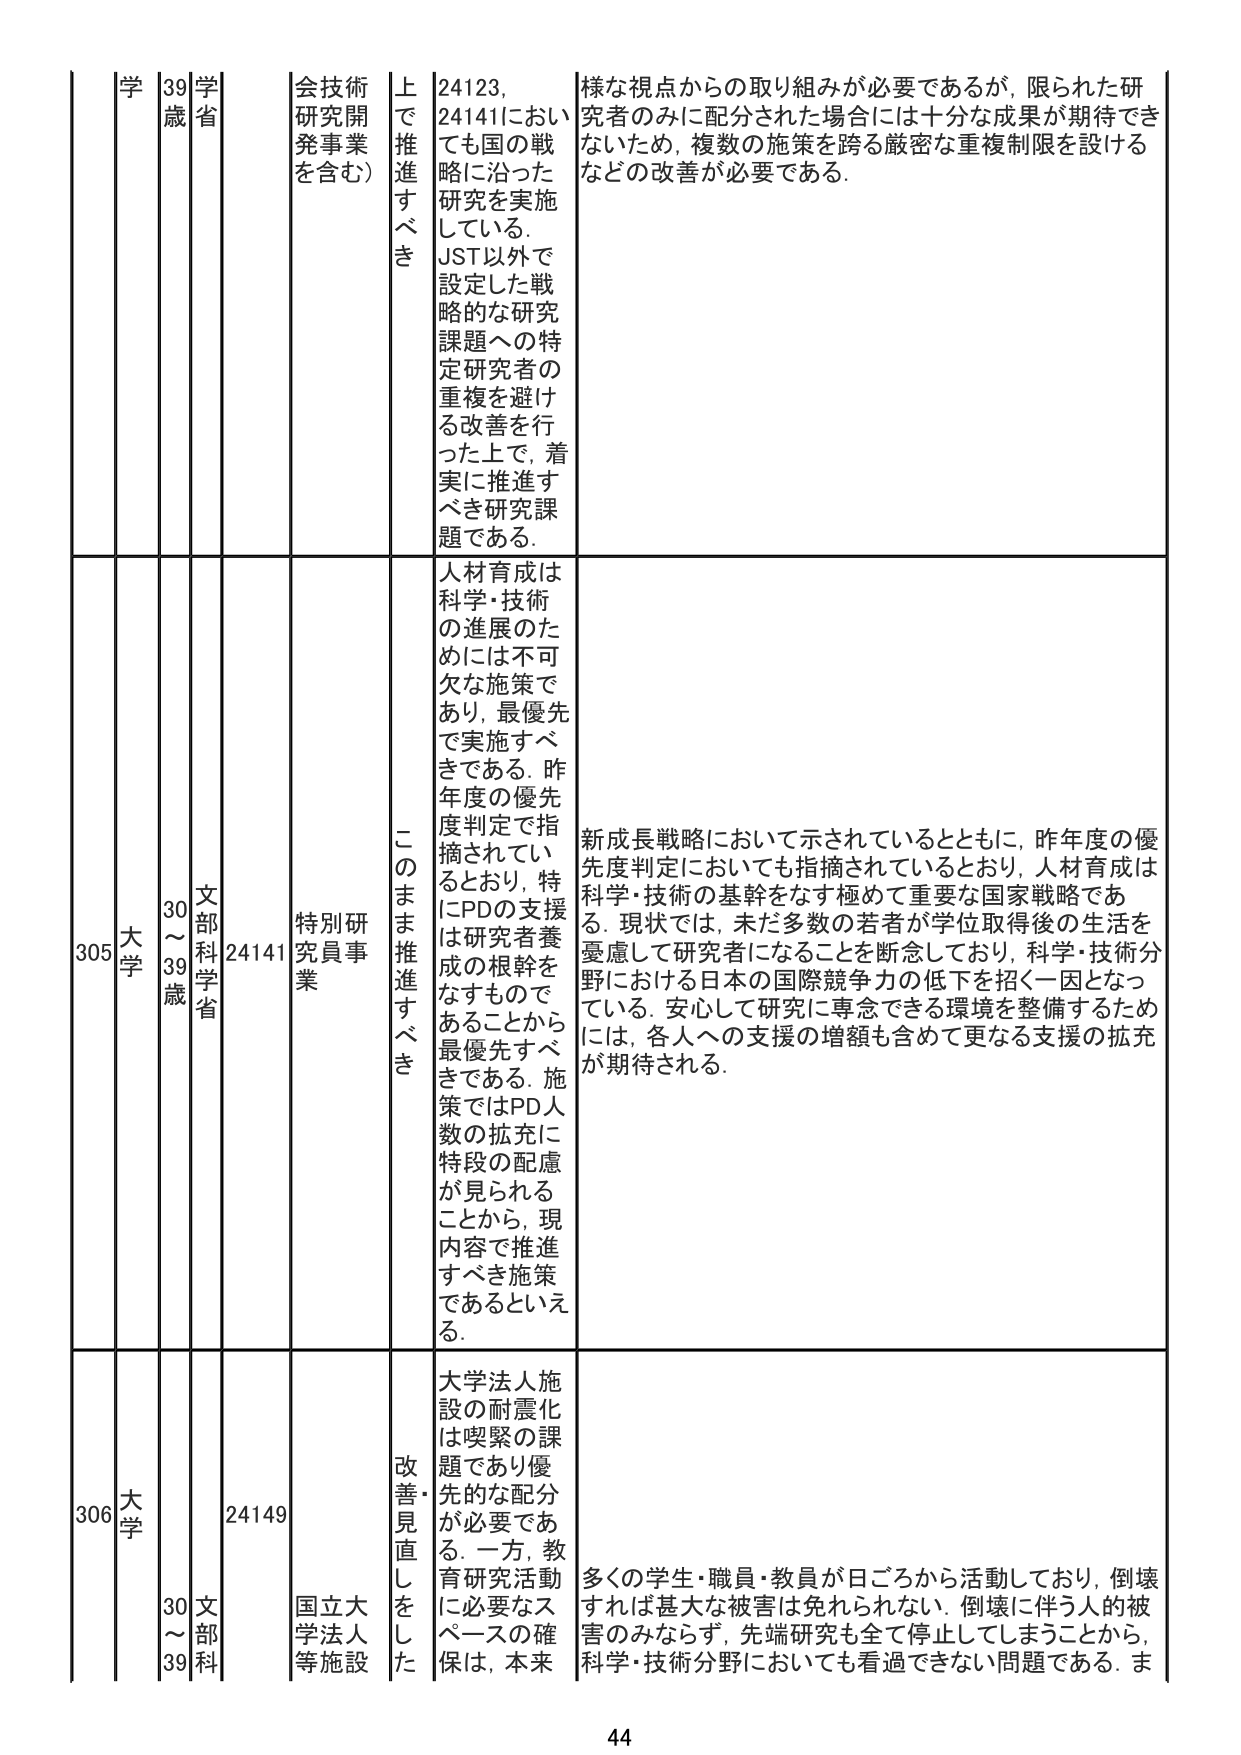
学 39歳 学省 会技術研究開発事業を含む） 上で推進すべき 24123, 24141においても国の戦略に沿った研究を実施している。JST以外で設定した戦略的な研究課題への特定研究者の重複を避ける改善を行った上で、着実に推進すべき研究課題である。 様な視点からの取り組みが必要であるが、限られた研究者のみに配分された場合には十分な成果が期待できないため、複数の施策を跨る厳密な重複制限を設けるなどの改善が必要である。

305 大学 30～39歳 文部科学省 24141 特別研究員事業 このまま推進すべき 人材育成は科学・技術の進展のためには不可欠な施策であり、最優先で実施すべきである。昨年度の優先度判定で指摘されているとおり、特にPDの支援は研究者養成の根幹をなすものであるから最優先すべきである。施策ではPD人数の拡充に特段の配慮が見られることから、現内容で推進すべき施策であるといえる。 新成長戦略において示されているとともに、昨年度の優先度判定においても指摘されているとおり、人材育成は科学・技術の基幹をなす極めて重要な国家戦略である。現状では、未だ多数の若者が学位取得後の生活を憂慮して研究者になることを断念しており、科学・技術分野における日本の国際競争力の低下を招く一因となっている。安心して研究に専念できる環境を整備するためには、各人への支援の増額も含めて更なる支援の拡充が期待される。

306 大学 30～39歳 文部科 24149 国立大学法人等施設 改善・見直しをした 大学法人施設の耐震化は喫緊の課題であり優先的な配分が必要である。一方、教育研究活動に必要なスペースの確保は、本来 多くの学生・職員・教員が日ごろから活動しており、倒壊すれば甚大な被害は免れられない。倒壊に伴う人的被害のみならず、先端研究も全て停止してしまうことから、科学・技術分野においても看過できない問題である。ま

44